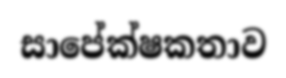
සාපේක්ෂකතාව